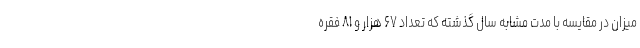
میزان در مقایسه با مدت مشابه سال گذشته که تعداد ۶۷ هزار و ۸۱ فقره